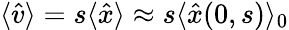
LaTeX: \langle\hat{v}\rangle=s\langle\hat{x}\rangle\approx s\langle\hat{x}(0,s)\rangle_{0}